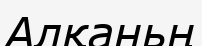
Алқаньң